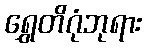
ရွှေတိဂုံဘုရား